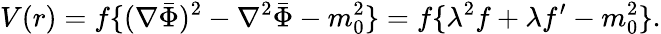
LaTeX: V(r)=f\{ (\nabla\bar{\Phi})^{2}-\nabla^{2}\bar{\Phi}-m_{0}^{2}\} =f\{ \lambda^{2}f+\lambda f^{\prime}-m_{0}^{2}\} .